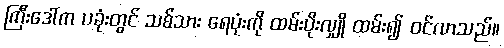
ကြီးဒေါ်က ပခုံးတွင် သစ်သား ရေပုံးကို ထမ်းပိုးလျှို ထမ်း၍ ဝင်လာသည်။